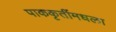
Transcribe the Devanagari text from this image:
पाककृतींमधला